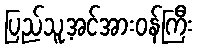
ပြည်သူ့အင်အားဝန်ကြီး